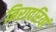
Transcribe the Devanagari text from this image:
बिरादरियां